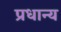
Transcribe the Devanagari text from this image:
प्रधान्य